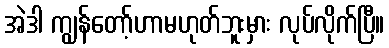
အဲဒါ ကျွန်တော့်ဟာမဟုတ်ဘူးမှား လုပ်လိုက်ပြီ။